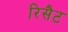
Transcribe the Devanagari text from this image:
रिसैट